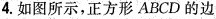
4.如图所示，正方形 ABCD 的边